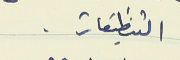
التنظيفات .